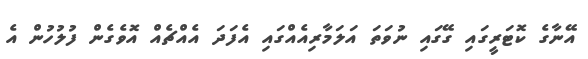
އޭނާގެ ކޮޓަރީގައި ގޭގައި ނުވަތަ އަލަމާރިއެއްގައި އެފަދަ އެއްޗެއް އޮވެގެން ފުލުހުން އެ